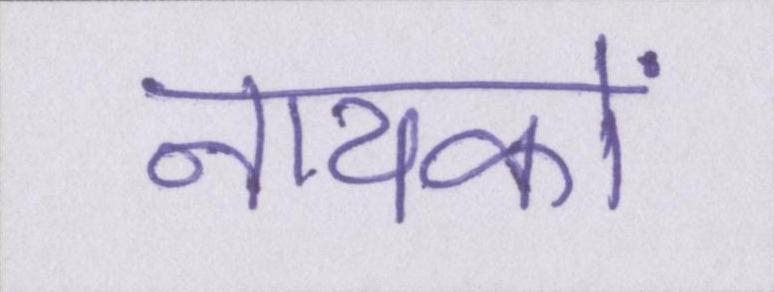
नायकों